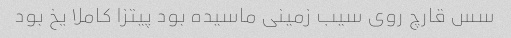
سس قارچ روی سیب زمینی ماسیده بود پیتزا کاملا یخ بود